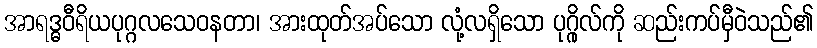
အာရဒ္ဓဝီရိယပုဂ္ဂလသေဝနတာ၊ အားထုတ်အပ်သော လုံ့လရှိသော ပုဂ္ဂိုလ်ကို ဆည်းကပ်မှီဝဲသည်၏